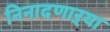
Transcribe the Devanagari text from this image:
निनादणाऱ्या